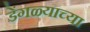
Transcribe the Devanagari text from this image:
डेंगळ्याच्या